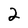
Character: 2